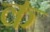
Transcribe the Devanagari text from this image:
क॑